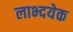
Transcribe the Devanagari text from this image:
लाभ्दयेक